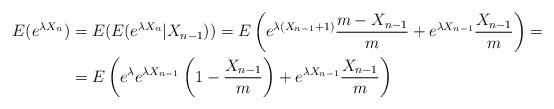
LaTeX: \begin{align*}E(e^{\lambda X_n})&=E(E(e^{\lambda X_n}|X_{n-1}))=E\left(e^{\lambda (X_{n-1}+1)}\frac{m-X_{n-1}}{m}+e^{\lambda X_{n-1}}\frac{X_{n-1}}{m}\right)=\\&=E\left(e^{\lambda} e^{\lambda X_{n-1}}\left(1-\frac{X_{n-1}}{m}\right)+e^{\lambda X_{n-1}}\frac{X_{n-1}}{m}\right)\end{align*}